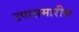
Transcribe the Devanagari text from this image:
उपासमारीस